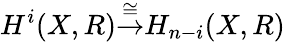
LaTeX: H^{i}(X,R){\stackrel{\cong}{\to}}H_{n-i}(X,R)